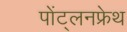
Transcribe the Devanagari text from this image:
पोंट्लनफ्रेथ